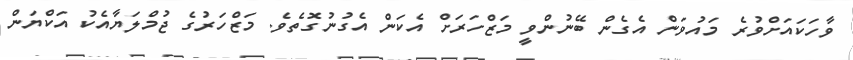
ވާހަކައަށްވުރެ މައުވަން އެގެން ބޭނުންވީ މަޒްހަރަށް އެކަން އެގުނުގޮތެވެ. މަޒްހަރުގެ ޖުމްލަޔާއެކު އަކްޔަން